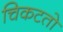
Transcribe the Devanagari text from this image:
चिकटतो